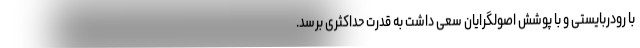
با رودربایستی و با پوشش اصولگرایان سعی داشت به قدرت حداکثری برسد.